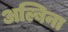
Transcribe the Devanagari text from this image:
अल्बिना